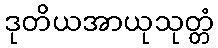
ဒုတိယအာယုသုတ္တံ